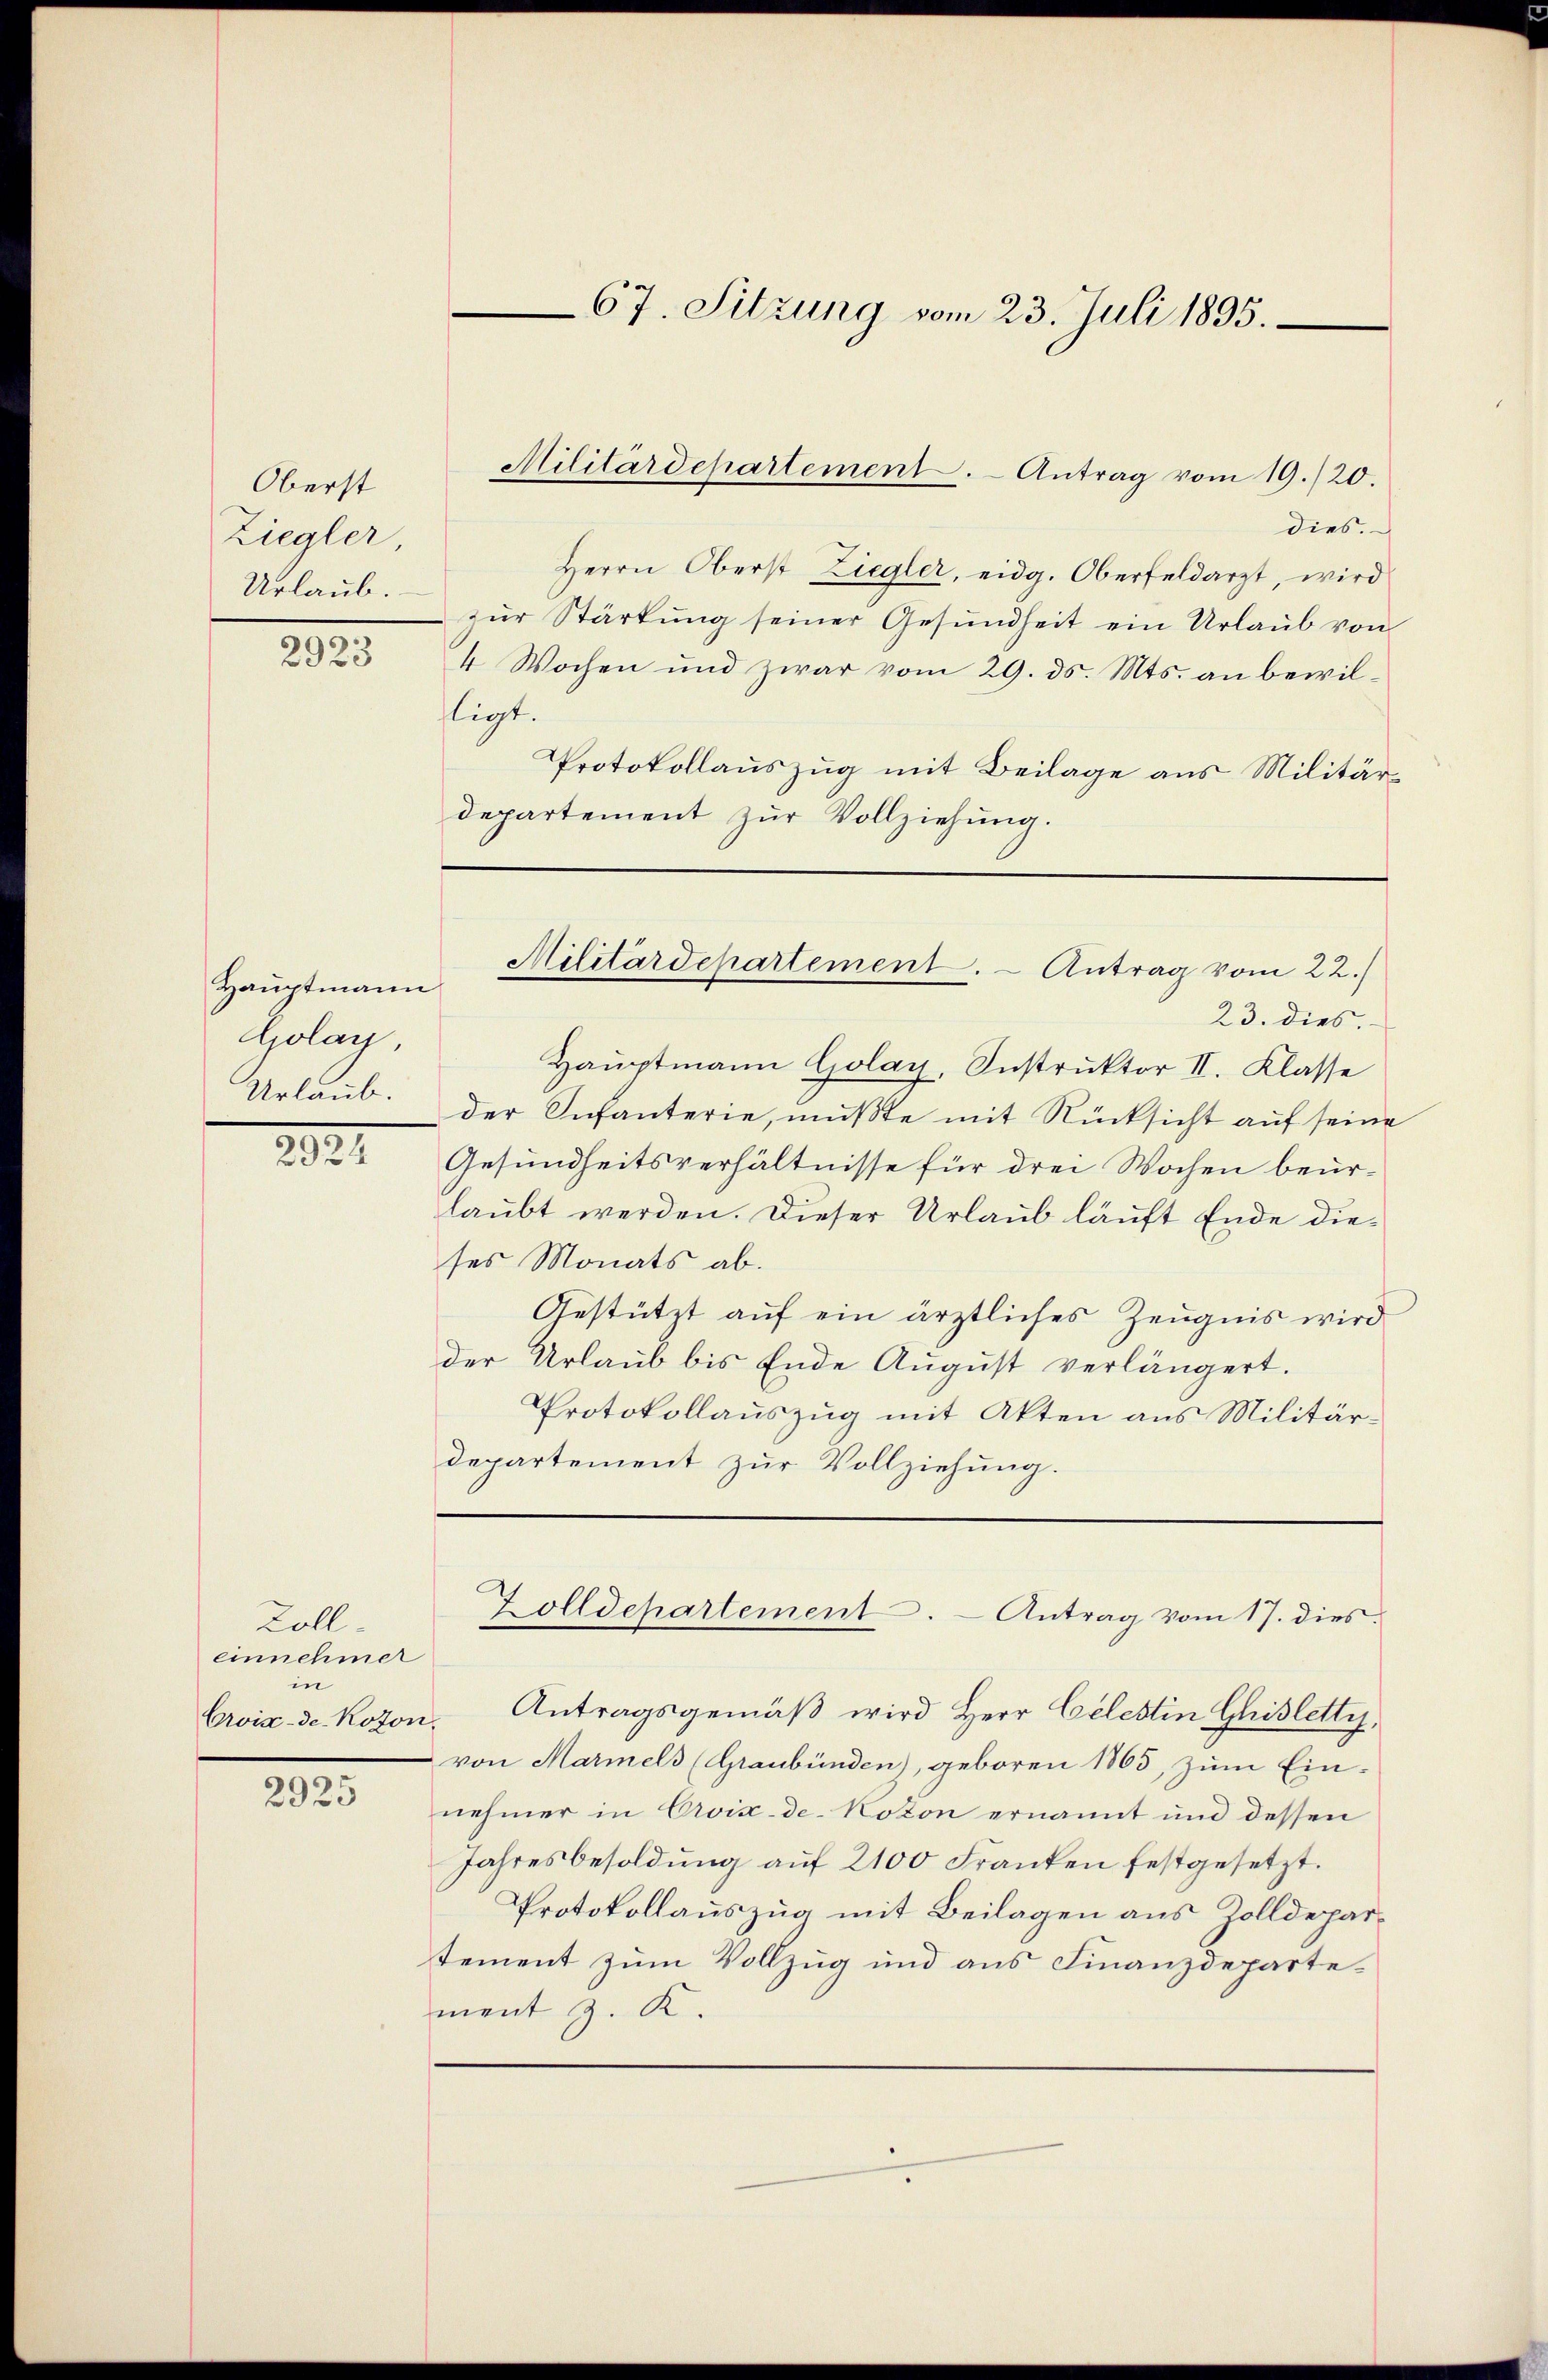
Oberst
Ziegler,
Urlaub.

2923

Hauptmann
iolay,
Urlaub.

2121

Koll
einnehmer
in
Crois-de. Koton,

2925

23. dies.
Hauptmann Golay, Instruktor II. Klasse
der Infanterie, mußte mit Rücksicht auf seine
Gesundheitsverhältnisse für drei Wochen beurlaubt werden. Dieser Urlaub läuft Ende dieses Monats ab.
Gestützt auf ein ärztliches Zeugnis wird
der Urlaub bis Ende August verlängert.
Protokollauszug mit Akten aus Militärdepartement zur Vollziehung.

dies.
Herrn Oberst Ziegler, eidg. Oberfeldarzt, wird
zŭr Stärkŭng seiner Gesŭndheit ein Urlaŭb von
4 Wochen und zwar vom 29. ds. Mts. an bewilligt.
Protokollauszug mit Beilage aus Militärdepartement zur Vollziehung.

67. Sitzung vom 23. Juli 1895.

Militärdepartement. Antrag vom 19./20.

Militärdepartement. - Antrag vom 22.)

Antragsgemäß wird Herr Celestin Gisletty,
von Marmels (Graubünden, geboren 1865, zŭm Ein-
nehmer in Avix-de-Koton ernannt und dessen
Jahresbesoldung auf 2100 Franken festgesetzt.
Protokollauszug mit Beilagen aus Zolldepartement zum Vollzug und aus Finanzdepartement z. K.

Zolldepartement. - Antrag vom 17. dies